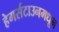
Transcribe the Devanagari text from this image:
हेगर्सटाउनमधून